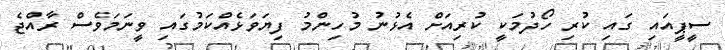
ސީޕީއައި ގައި ކުރި ހޯދުމަކީ ކުރިއަށް އެޅުނު މުހިންމު ފިޔަވަޅެއްކަމުގައި ވީނަމަވެސް ރާއްޖެ